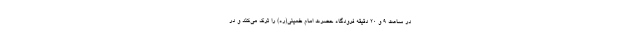
در ساعت ۹ و ۲۰ دقیقه فرودگاه حضرت امام خمینی(ره) را ترک می‌کند و در